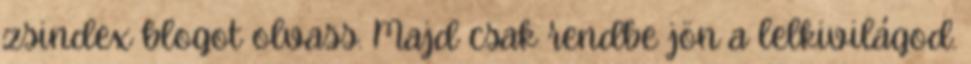
zsindex blogot olvass. Majd csak rendbe jön a lelkivilágod.